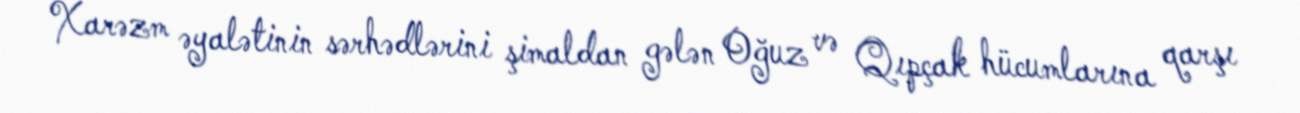
Xarəzm əyalətinin sərhədlərini şimaldan gələn Oğuz və Qıpçak hücumlarına qarşı